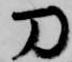
刀